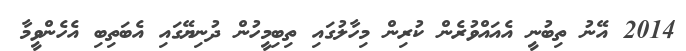
2014 އޭނު ތިބުނީ އެއައްވުރެން ކުރިން މިހާލުގައި ތިބިމީހުން ދުނިޔޭގައި އެބަތިބި އެހެންވީމާ